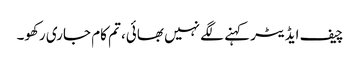
چیف ایڈیٹر کہنے لگے نہیں بھائی، تم کام جاری رکھو۔